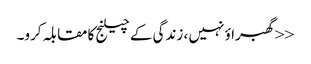
<<گھبراؤ نہیں ، زندگی کے چیلنج کا مقابلہ کرو۔